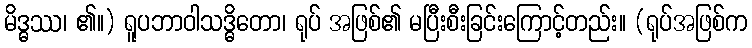
မိဒ္ဓဿ၊ ၏။) ရူပဘာဝါသဒ္ဓိတော၊ ရုပ် အဖြစ်၏ မပြီးစီးခြင်းကြောင့်တည်း။ (ရုပ်အဖြစ်က